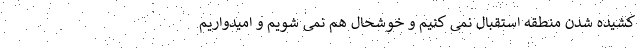
کشیده شدن منطقه استقبال نمی کنیم و خوشحال هم نمی شویم و امیدواریم